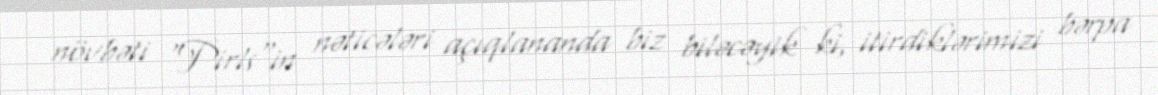
növbəti "Pirls"in nəticələri açıqlananda biz biləcəyik ki, itirdiklərimizi bərpa